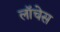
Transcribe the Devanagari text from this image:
लॉचेस